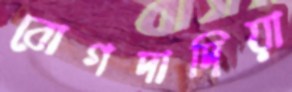
বোগদাদিয়া